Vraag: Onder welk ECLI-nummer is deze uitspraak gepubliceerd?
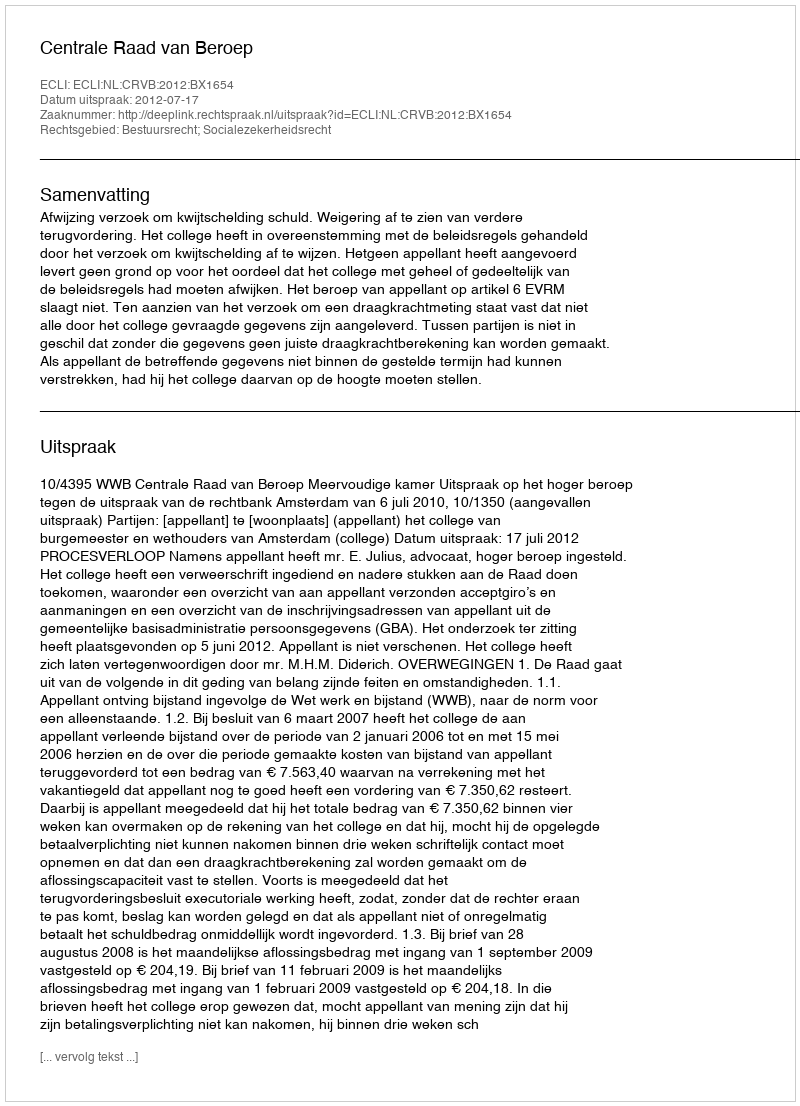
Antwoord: ECLI:NL:CRVB:2012:BX1654